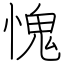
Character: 愧